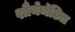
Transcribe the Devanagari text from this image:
शौर्यमंडित